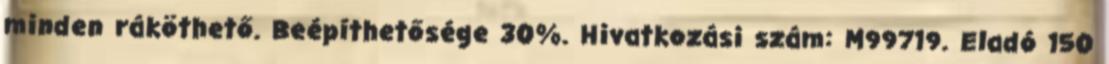
minden ráköthető. Beépíthetősége 30%. Hivatkozási szám: M99719. Eladó 150